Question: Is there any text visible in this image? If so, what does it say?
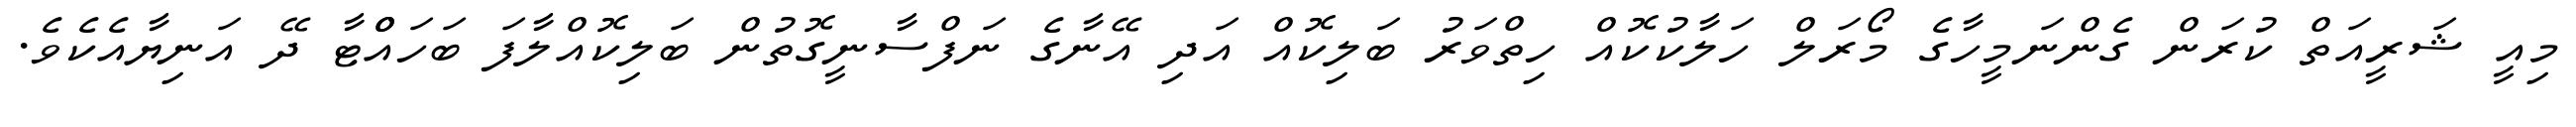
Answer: މިއީ ޝަރީއަތް ކުރަން ގެންނަމީހާގެ މޯރަލް ހަލާކުކޮއް ހިތްވަރު ބަލިކޮއް އަދި އޭނާގެ ނަފްސާނީގޮތުން ބަލިކޮއްލާފަ ބަހައްްޓާ ދޭ އަނިޔާއެކެވެ.